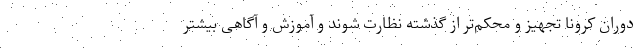
دوران کرونا تجهیز و محکم‌تر از گذشته نظارت شوند و آموزش و آگاهی بیشتر